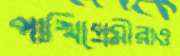
পাখিপ্রেমীরাও